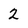
Character: 2